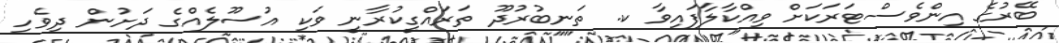
ބޭރުގެ އިންވެސްޓަރަކަށް ވިއްކާލާފައިވާ ކ. ތަނބުރުދޫ ތަރައްގީކުރާނީ ވަކި އުސޫލެއްގެ ދަށުން ދިވެހި